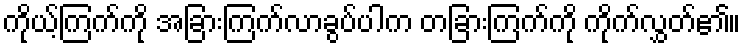
ကိုယ့်ကြက်ကို အခြားကြက်လာခွပ်ပါက တခြားကြက်ကို ကိုက်လွှတ်၏။